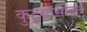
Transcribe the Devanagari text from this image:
कुटुबांसोबत